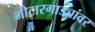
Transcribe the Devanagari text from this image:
मोटारगाड्यांवर